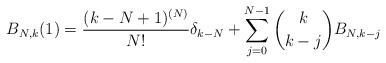
\begin{align*} B_{N,k}(1)=\frac{(k-N+1)^{(N)}}{N!}\delta_{k-N} + \sum_{j=0}^{N-1} \binom{k}{k-j} B_{N,k-j} \end{align*}